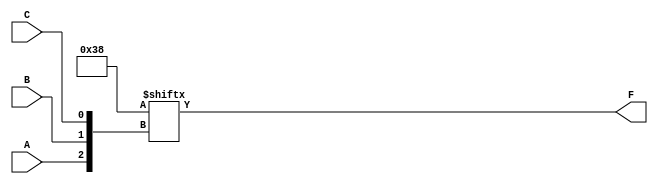
module kmap_3var (
    input wire A,  // Input variable A
    input wire B,  // Input variable B
    input wire C,  // Input variable C
    output wire F  // Output of the combinational logic
);

// K-map values for the function F(A, B, C)
// Define the K-map as an array where the index corresponds to the binary value of BC
// K-map layout:
// Row 0 (A=0): BC = 00, 01, 11, 10
// Row 1 (A=1): BC = 00, 01, 11, 10
// Example K-map values (fill these with your specific function values):
// F(A,B,C) = 0 0 1 1 (for A=0) 
//            1 1 1 0 (for A=1) 
// This corresponds to minterms: m1, m2, m4, m5, m6
wire [7:0] kmap = 8'b00111000; // Replace this with your K-map values

// Calculate the output based on the K-map
assign F = kmap[{A, B, C}]; // Select the appropriate cell based on A, B, C

endmodule